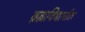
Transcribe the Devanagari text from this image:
ब्रह्मविद्यापीठ